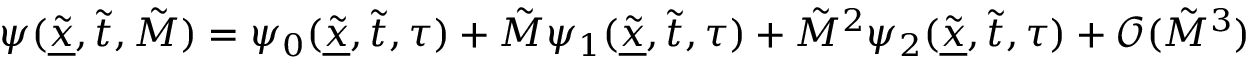
\psi ( \underline { { \tilde { x } } } , \tilde { t } , \tilde { M } ) = \psi _ { 0 } ( \underline { { \tilde { x } } } , \tilde { t } , \tau ) + \tilde { M } \psi _ { 1 } ( \underline { { \tilde { x } } } , \tilde { t } , \tau ) + \tilde { M } ^ { 2 } \psi _ { 2 } ( \underline { { \tilde { x } } } , \tilde { t } , \tau ) + \mathcal { O } ( \tilde { M } ^ { 3 } )